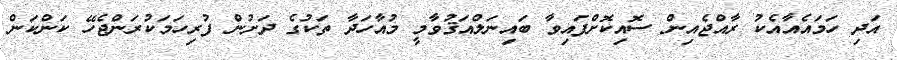
އަދި ހަމައެއާއެކު ރާއްޖެއިން ސޮއިކޮށްފައިވާ ބައިނަލްއަޤުވާމީ މުއާހަދާ ތަކުގެ ދަށުން ފުރިހަމަކުރަންޖެހޭ ކަންކަން